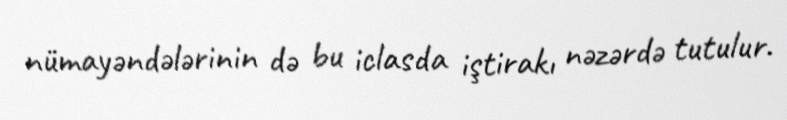
nümayəndələrinin də bu iclasda iştirakı nəzərdə tutulur.